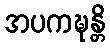
အပကဍ္ဎန္တိ